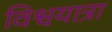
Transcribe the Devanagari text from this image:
विश्वयात्रा